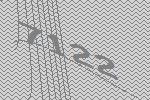
7122